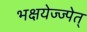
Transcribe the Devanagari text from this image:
भक्षयेज्ज्पेत्